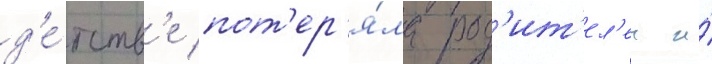
д'е́тств'е пот'ер'я́ла род'ит'ел'еи и́